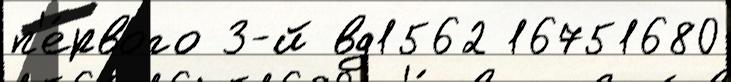
п'е́рвого 3-й вд1562 16751680